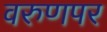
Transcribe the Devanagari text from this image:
वरुणपर